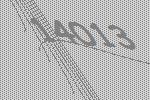
14013